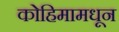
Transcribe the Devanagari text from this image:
कोहिमामधून